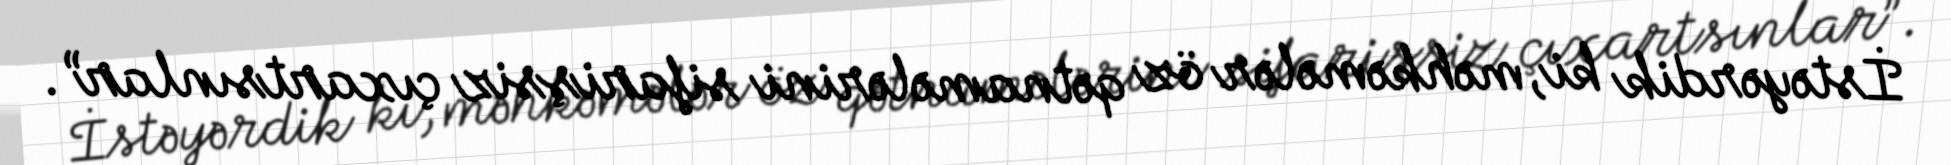
İstəyərdik ki, məhkəmələr öz qətnamələrini sifarişsiz çıxartsınlar”.